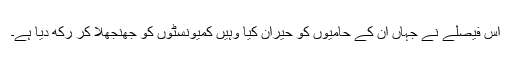
اس فیصلے نے جہاں ان کے حامیوں کو حیران کیا وہیں کمیونسٹوں کو جھنجھلا کر رکھ دیا ہے۔